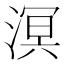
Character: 溟